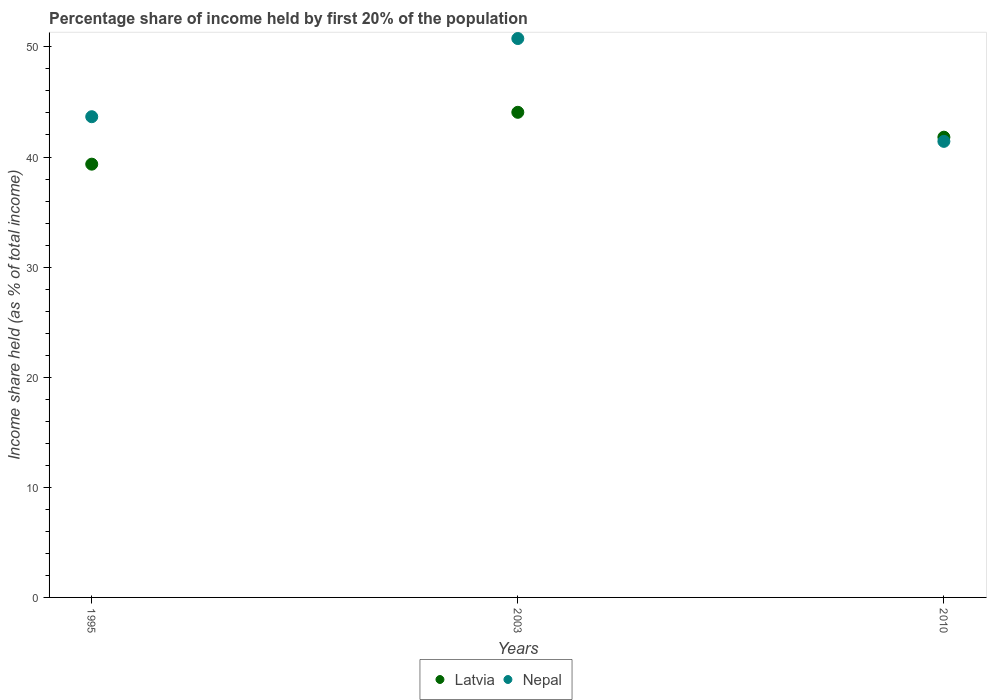
| Years | Latvia | Nepal |
 | --- | --- | --- |
 | 1995 | 39.4 | 43.7 |
 | 2003 | 44.1 | 50.8 |
 | 2010 | 41.8 | 41.4 |